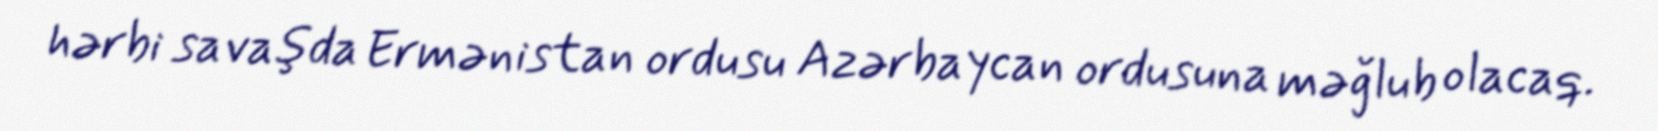
hərbi savaşda Ermənistan ordusu Azərbaycan ordusuna məğlub olacaq.